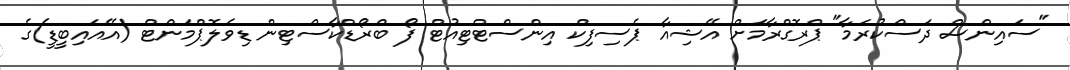
"ސައިންސް ދަސްކުރަމާ" ޕްރޮގްރާމަށް އޭޝިއާ ޕެސިފިކް އިންސްޓްޓިއުޓް ފޯ ބްރޯޑްކާސްޓިން ޑިވެލޮޕްމަންޓް (އޭއައިބީޑީ)ގެ